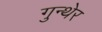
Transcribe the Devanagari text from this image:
गुन्थेर